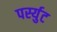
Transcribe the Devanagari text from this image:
पर्स्युट